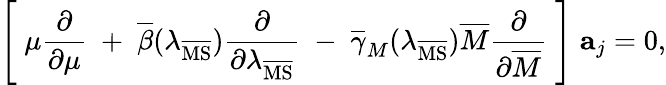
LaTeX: \Biggl[\; \mu\frac{\partial}{\partial\mu}\; +\; \overline{{{\beta}}}(\lambda_{\overline{{{\mathrm{MS}}}}})\frac{\partial}{\partial\lambda_{\overline{{{\mathrm{MS}}}}}}\; -\; \overline{{{\gamma}}}_{M}(\lambda_{\overline{{{\mathrm{MS}}}}})\overline{{{M}}}\frac{\partial}{\partial\overline{{{M}}}}\; \Biggr]\; {\mathbf a}_{j}=0,